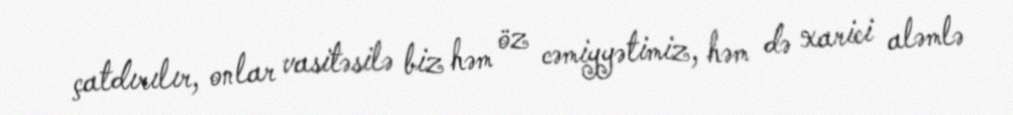
çatdırılır, onlar vasitəsilə biz həm öz cəmiyyətimiz, həm də xarici aləmlə